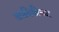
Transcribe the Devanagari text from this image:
जवळिकीच्या